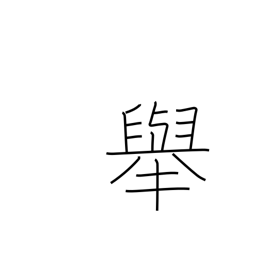
Meaning: behavior